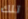
تلك